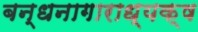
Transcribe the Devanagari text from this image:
बन्धनागाराध्यक्ष